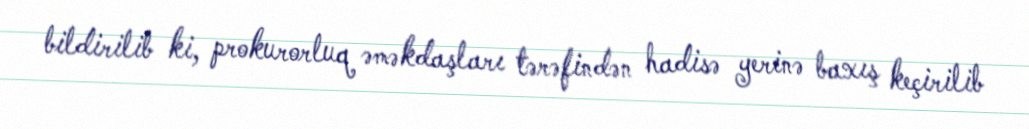
bildirilib ki, prokurorluq əməkdaşları tərəfindən hadisə yerinə baxış keçirilib